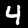
Label: 4